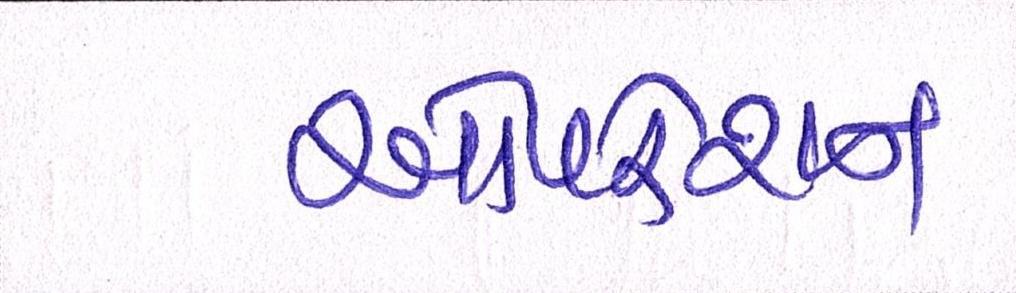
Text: ઓપરશન